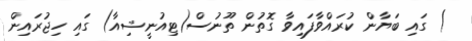
) ގައި ބަޔާން ކުރައްވާފައިވާ ގޮތުން ތޫނުސް(ޓިއުނީޝިއާ) ގައި ހިޖުރައިން